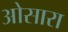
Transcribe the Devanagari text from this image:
ओसारा